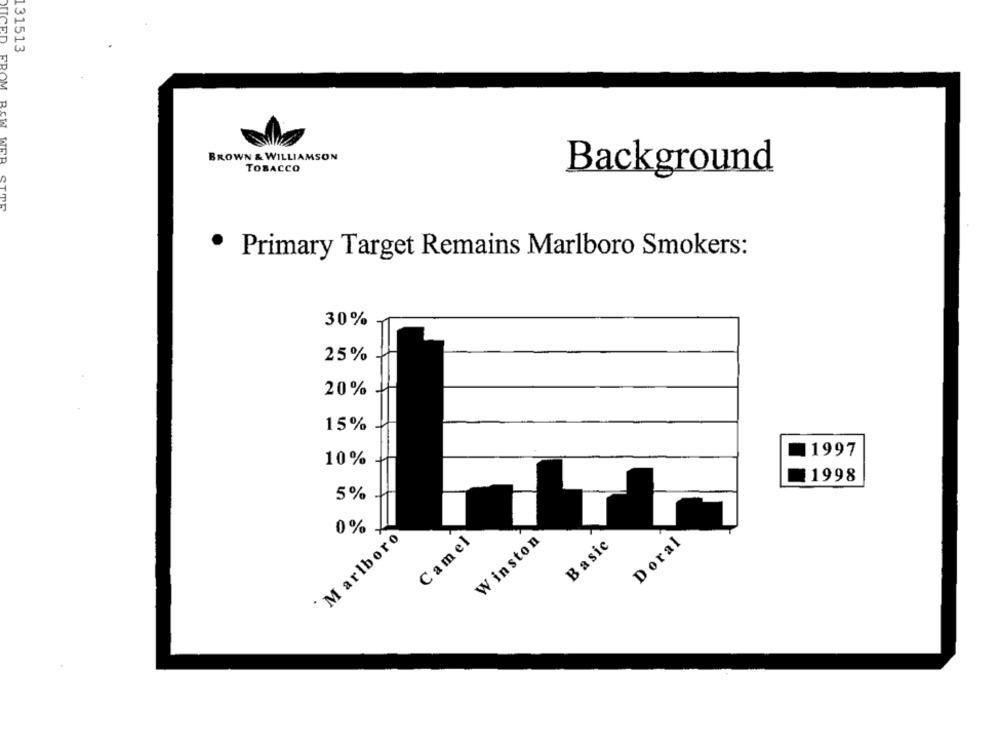
.31513
BROWN & WILLIAMSON
TOBACCO
Background
.
Primary Target Remains Marlboro Smokers:
30%
25%
20%
15%
1997
10%
1998
5%
0%
Marlboro
Camel
Winston
Basic
Doral